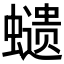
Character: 𧒭